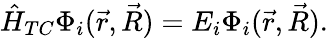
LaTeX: \hat{H}_{TC}\Phi_{i}(\vec{r},\vec{R})=E_{i}\Phi_{i}(\vec{r},\vec{R}).